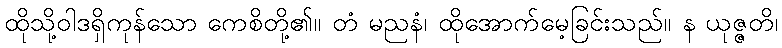
ထိုသို့ဝါဒရှိကုန်သော ကေစိတို့၏။ တံ မညနံ၊ ထိုအောက်မေ့ခြင်းသည်။ န ယုဇ္ဇတိ၊